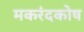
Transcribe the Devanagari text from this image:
मकरंदकोष